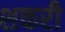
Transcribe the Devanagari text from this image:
शकरी